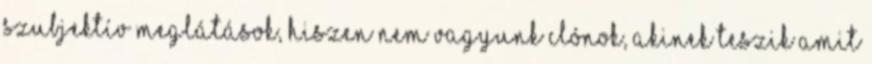
szubjektív meglátások, hiszen nem vagyunk clónok, akinek teszik amit